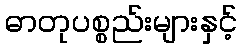
ဓာတုပစ္စည်းများနှင့်